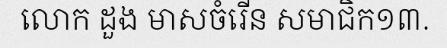
លោក ដួង មាសចំរើន សមាជិក១៣.